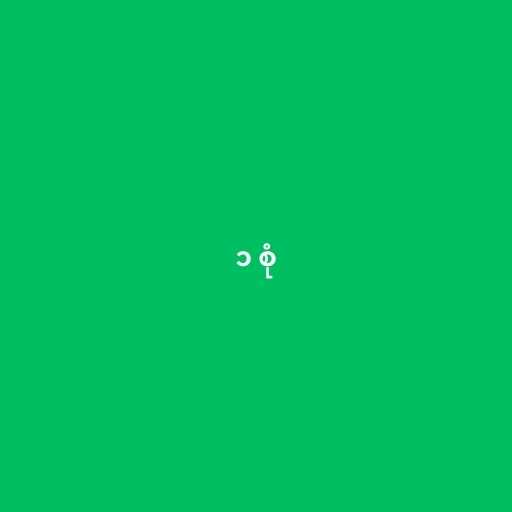
၁ စုံ